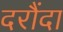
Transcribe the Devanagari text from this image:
दरौंदा